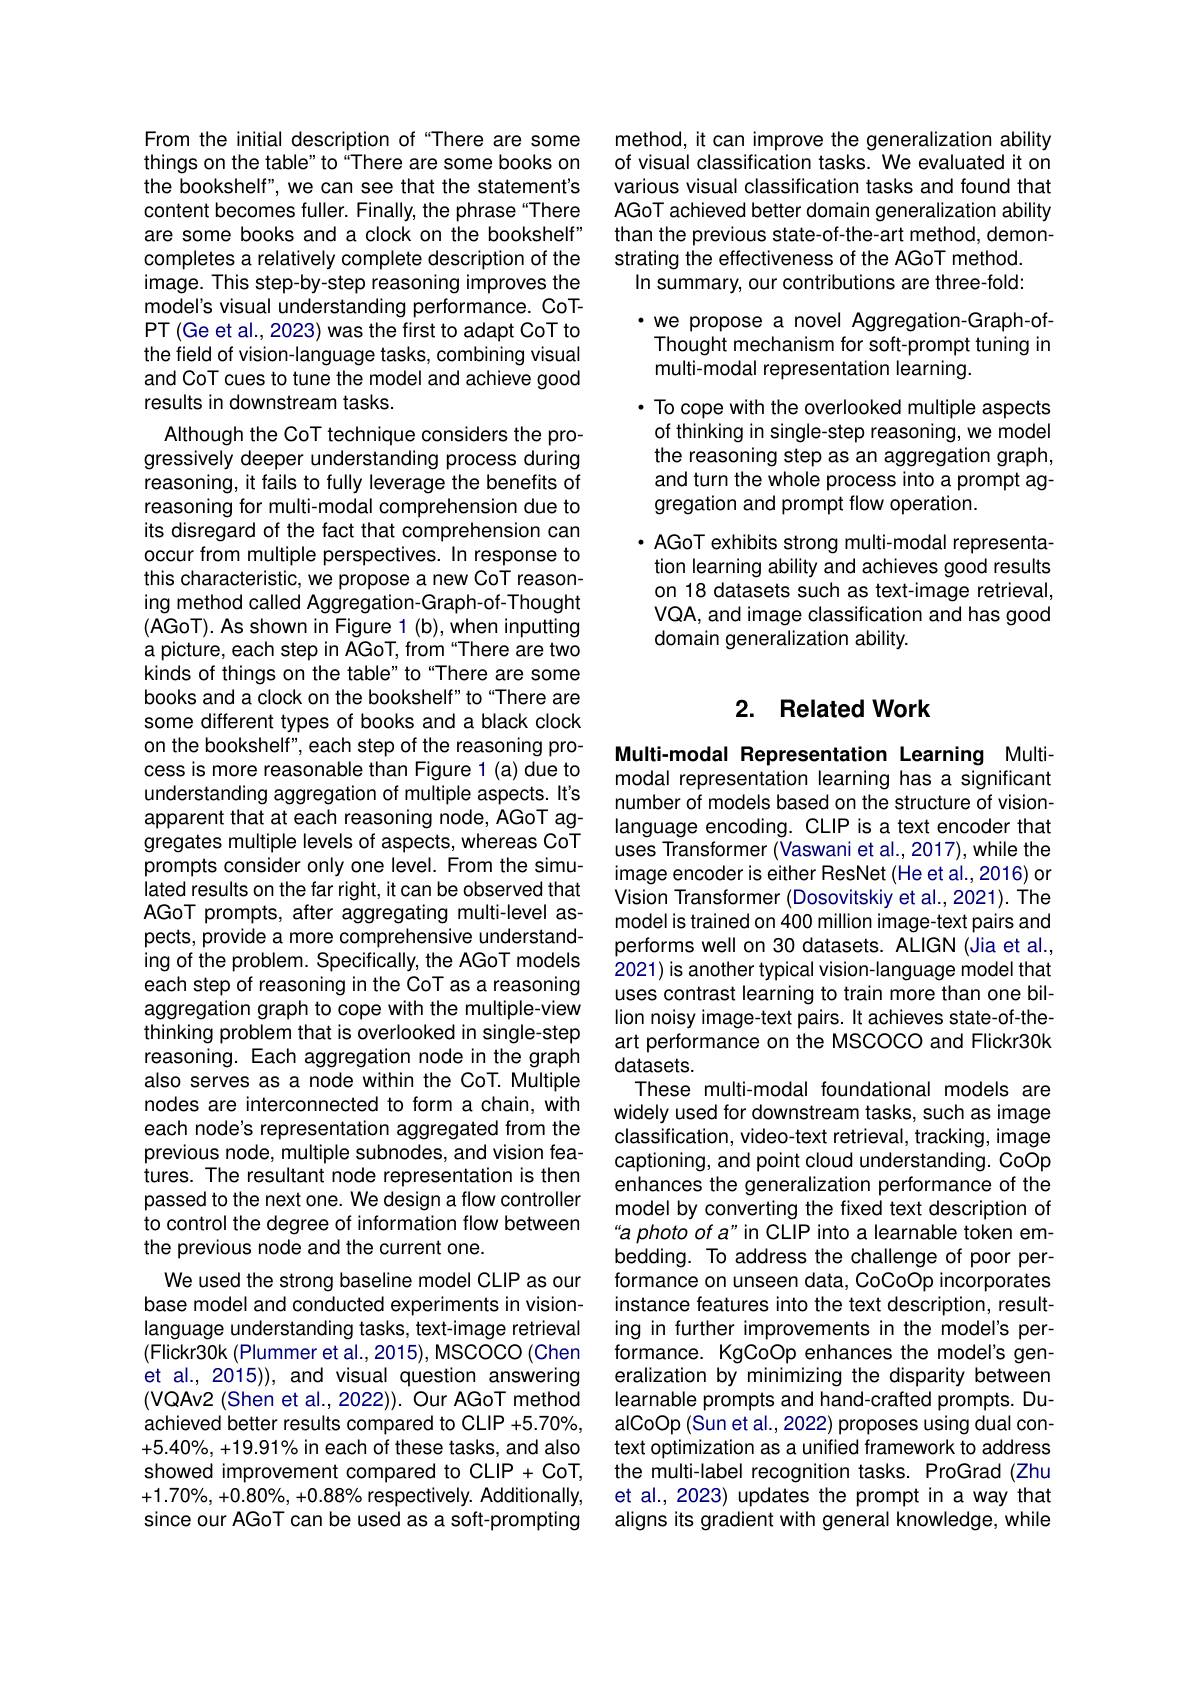
From the initial description of“There are some things on the table" to“There are some books on the bookshelf", we can see that the statement's content becomes fuller. Finally, the phrase“There are some books and a clock on the bookshelf" completes a relatively complete description of the image. This step-by-step reasoning improves the model's visual understanding performance. CoTPT (Ge et al., 2023) was the first to adapt CoT to the field of vision-language tasks, combining visual and CoT cues to tune the model and achieve good results in downstream tasks.
Although the CoT technique considers the progressively deeper understanding process during reasoning, it fails to fully leverage the benefits of reasoning for multi-modal comprehension due to its disregard of the fact that comprehension can occur from multiple perspectives. In response to this characteristic, we propose a new CoT reasoning method called Aggregation-Graph-of-Thought (AGoT). As shown in Figure 1(b), when inputting a picture, each step in AGoT, from "There are two kinds of things on the table" to "There are some books and a clock on the bookshelf" to“There are some different types of books and a black clock on the bookshelf", each step of the reasoning process is more reasonable than Figure 1(a)due to understanding aggregation of multiple aspects. It's apparent that at each reasoning node, AGoT aggregates multiple levels of aspects, whereas CoT prompts consider only one level. From the simulated results on the far right, it can be observed that AGoT prompts, after aggregating multi-level aspects, provide a more comprehensive understanding of the problem. Specifically, the AGoT models each step of reasoning in the CoT as a reasoning aggregation graph to cope with the multiple-view thinking problem that is overlooked in single-step reasoning. Each aggregation node in the graph also serves as a node within the CoT. Multiple nodes are interconnected to form a chain, with each node's representation aggregated from the previous node, multiple subnodes, and vision features. The resultant node representation is then passed to the next one. We design a flow controller to control the degree of information flow between the previous node and the current one.
We used the strong baseline model CLIP as our base model and conducted experiments in visionlanguage understanding tasks, text-image retrieval (Flickr30k (Plummer et al., 2015), MSCOCO (Chen et al., 2015)), and visual question answering (VQAv2(Shen et al.,2022)).Our AGoT method achieved better results compared to CLIP +5.70%, $+5.40\%,+19.91\%$ in each of these tasks, and also showed improvement compared to CLIP + CoT, $+1.70\%,+0.80\%,+0.88\%$ respectively. Additionally, since our AGoT can be used as a soft-prompting

method, it can improve the generalization ability of visual classification tasks. We evaluated it on various visual classification tasks and found that AGoT achieved better domain generalization ability than the previous state-of-the-art method, demonstrating the effectiveness of the AGoT method.
In summary, our contributions are three-fold:

·we propose a novel Aggregation-Graph-ofThought mechanism for soft-prompt tuning in multi-modal representation learning.

· To cope with the overlooked multiple aspects of thinking in single-step reasoning, we model the reasoning step as an aggregation graph, and turn the whole process into a prompt aggregation and prompt flow operation.

· AGoT exhibits strong multi-modal representa-
tion learning ability and achieves good results on 18 datasets such as text-image retrieval, VQA, and image classification and has good domain generalization ability.

## 2. Related Work

Multi-modal Representation Learning Multimodal representation learning has a significant number of models based on the structure of visionlanguage encoding. CLIP is a text encoder that uses Transformer (Vaswani et al., 2017), while the image encoder is either ResNet (He et al.,2016) or Vision Transformer (Dosovitskiy et al., 2021). The model is trained on 400 million image-text pairs and performs well on 30 datasets. ALIGN (Jia et al., 2021) is another typical vision-language model that uses contrast learning to train more than one billion noisy image-text pairs. It achieves state-of-theart performance on the MSCOCO and Flickr30k datasets.
These multi-modal foundational models are widely used for downstream tasks, such as image classification, video-text retrieval, tracking, image captioning, and point cloud understanding. CoOp enhances the generalization performance of the model by converting the fixed text description of "a photo of a" in CLIP into a learnable token embedding. To address the challenge of poor performance on unseen data, CoCoOp incorporates instance features into the text description, resulting in further improvements in the model's performance. KgCoOp enhances the model's generalization by minimizing the disparity between learnable prompts and hand-crafted prompts. DualCoOp (Sun et al., 2022) proposes using dual context optimization as a unified framework to address the multi-label recognition tasks. ProGrad (Zhu et al., 2023) updates the prompt in a way that aligns its gradient with general knowledge, while